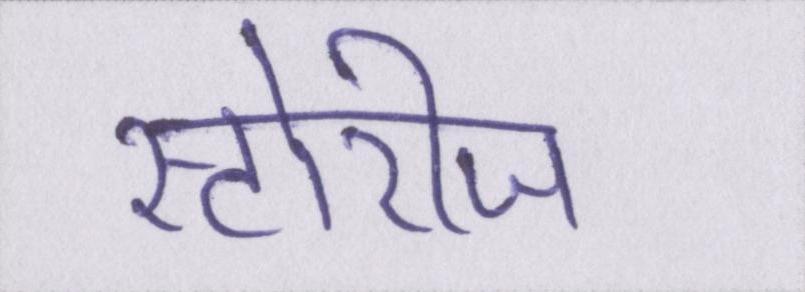
स्टोरीज